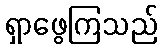
ရှာဖွေကြသည်